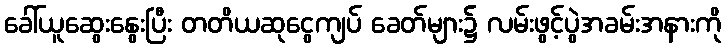
ခေါ်ယူဆွေးနွေးပြီး တတိယဆုငွေကျပ် ခေတ်များ၌ လမ်းဖွင့်ပွဲအခမ်းအနားကို